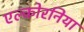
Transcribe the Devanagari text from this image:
एल्कोरनिया